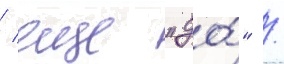
/ еще "до́" /